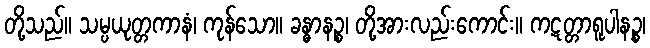
တို့သည်။ သမ္ပယုတ္တကာနံ၊ ကုန်သော။ ခန္ဓာနဉ္စ၊ တို့အားလည်းကောင်း။ ကဋတ္တာရူပါနဉ္စ၊